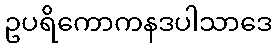
ဥပရိကောကနဒပါသာဒေ